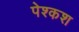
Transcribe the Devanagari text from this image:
पेश्कश